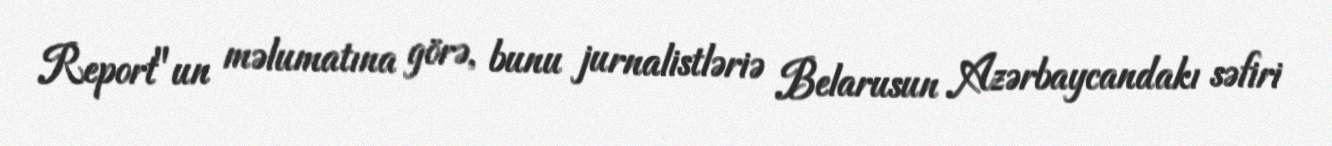
Report"un məlumatına görə, bunu jurnalistləriə Belarusun Azərbaycandakı səfiri